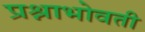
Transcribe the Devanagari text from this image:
प्रश्नाभोवती